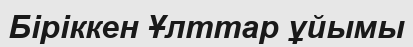
Біріккен Ұлттар ұйымы